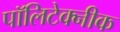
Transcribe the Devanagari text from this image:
पॉलिटेक्‍नीक